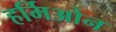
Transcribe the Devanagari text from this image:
हर्मिओन